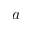
a